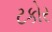
ટકોર